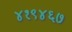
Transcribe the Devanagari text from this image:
४१९४६७